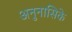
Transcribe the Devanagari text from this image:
अनुनासिके